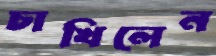
চাখিলেন